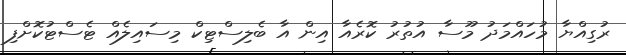
ރުގިއްޔާ މުހައްމަދު މޫސާ އުތުރު ކޮރެއާ އިން އާ ބެލިސްޓިކް މިސައިލެއް ޓެސްޓުކޮށްފި